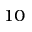
^ { 1 0 }